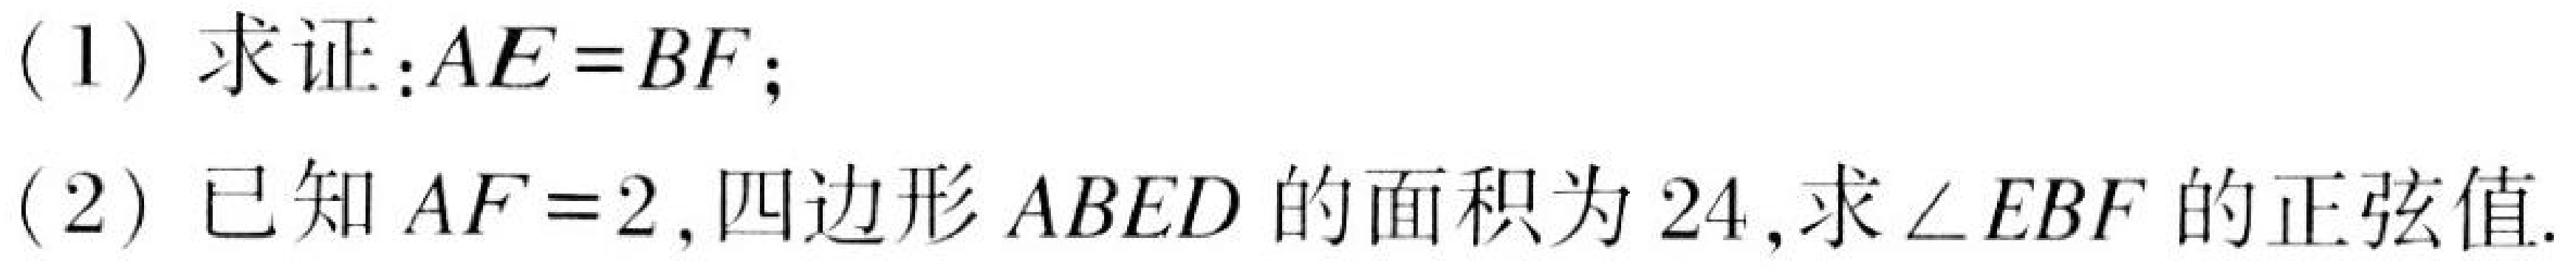
(1) 求证：\(AE = BF\)；
(2) 已知\(AF = 2\),四边形\(ABED\)的面积为\(24\),求\(\angle EBF\)的正弦值.